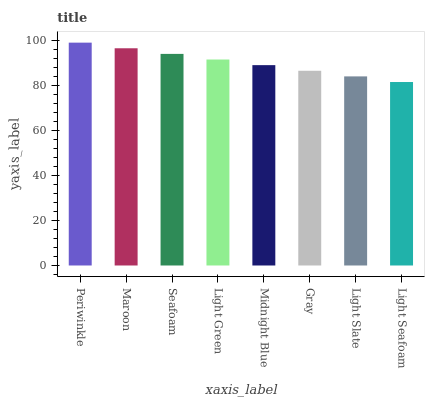
| xaxis_label | bars |
 | --- | --- |
 | Periwinkle | 99 |
 | Maroon | 96.5 |
 | Seafoam | 94 |
 | Light Green | 91.5 |
 | Midnight Blue | 89 |
 | Gray | 86.5 |
 | Light Slate | 84 |
 | Light Seafoam | 81.5 |